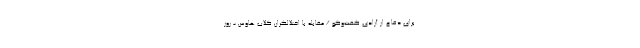
برای دفاع از آزادی گفت‌و‌گو / مقابله با اختلالگران کلاب هاوس - روز